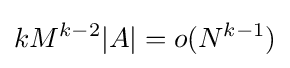
kM^{k-2}|A|=o(N^{k-1})